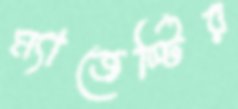
ম্যাজেস্টির